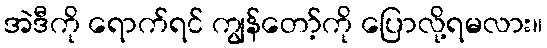
အဲဒီကို ရောက်ရင် ကျွန်တော့်ကို ပြောလို့ရမလား။